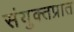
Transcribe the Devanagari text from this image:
संयुक्तप्रात